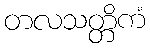
တလသတ္တိကံ